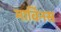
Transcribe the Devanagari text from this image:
मार्विनस